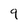
Character: 9